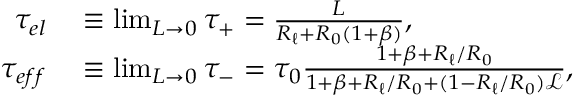
\begin{array} { r l } { \tau _ { e l } } & { { } \equiv \operatorname* { l i m } _ { L \to 0 } \tau _ { + } = \frac { L } { R _ { \ell } + R _ { 0 } ( 1 + \beta ) } , } \\ { \tau _ { e f f } } & { { } \equiv \operatorname* { l i m } _ { L \to 0 } \tau _ { - } = \tau _ { 0 } \frac { 1 + \beta + R _ { \ell } / R _ { 0 } } { 1 + \beta + R _ { \ell } / R _ { 0 } + ( 1 - R _ { \ell } / R _ { 0 } ) \mathscr { L } } , } \end{array}